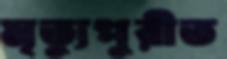
মৃত্যুপুরীত